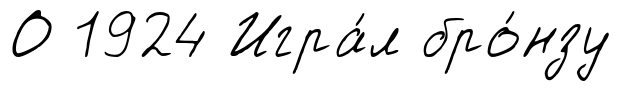
О 1924 Игра́л бро́нзу